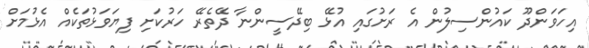
އިހަވަންދޫ ކައުންސިލުން އެ ރަށުގައި އުޅޭ ބިދޭސީންނާ ދޭތެރޭ ހަރުކަށި ފިޔަވަޅުތަކެއް އެޅުމަށް